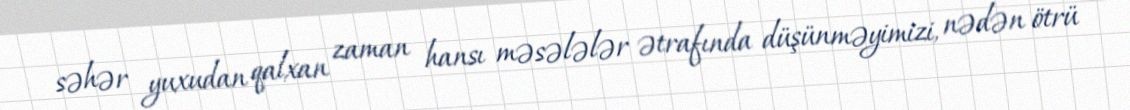
səhər yuxudan qalxan zaman hansı məsələlər ətrafında düşünməyimizi, nədən ötrü